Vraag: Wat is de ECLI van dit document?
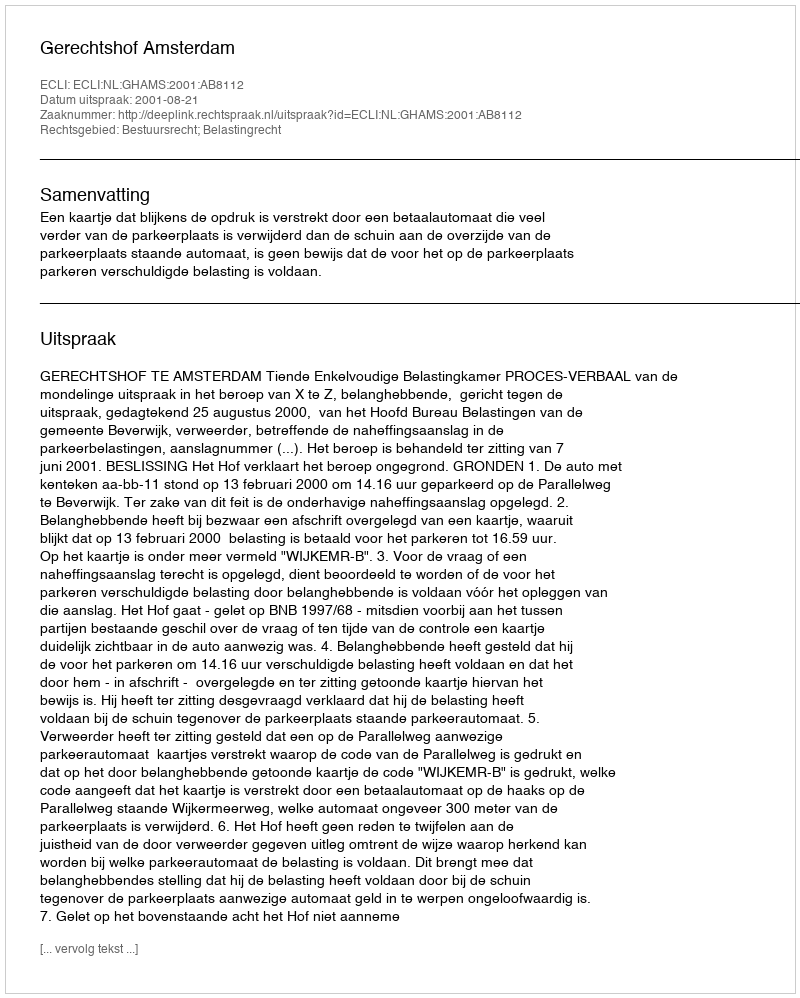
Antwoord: ECLI:NL:GHAMS:2001:AB8112